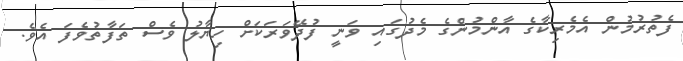
ފެތުރުމުން އެމެރިކާގެ އާންމުންގެ މެދުގައި ވަނީ ފުދޭވަރަކަށް ހިޔާލު ވެސް ތަފާތުވެފަ އެވެ.